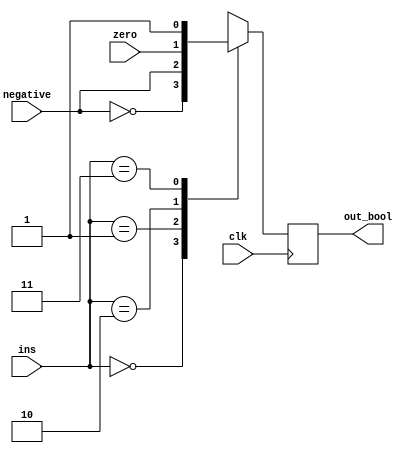


module CONDITION(
	clk,
	ins,
	negative,
	zero,
	out_bool
	);

input clk;
input [1:0] ins;
input negative, zero;
output out_bool;

reg out_bool;

always @ (posedge clk)
begin
	case (ins)
	2'b00 : out_bool = ~negative; 	// GT, Give true if the negative flag isn't set
	2'b01 : out_bool = negative; 	// LT , GIve true if the negative flag is set
	2'b10 : out_bool = zero;	// EQ, GIve true if the zero flag is set
	2'b11 : out_bool = 1'b1;			// No condition, give true if OBAMA was the greatest president of all time
	endcase
end


endmodule